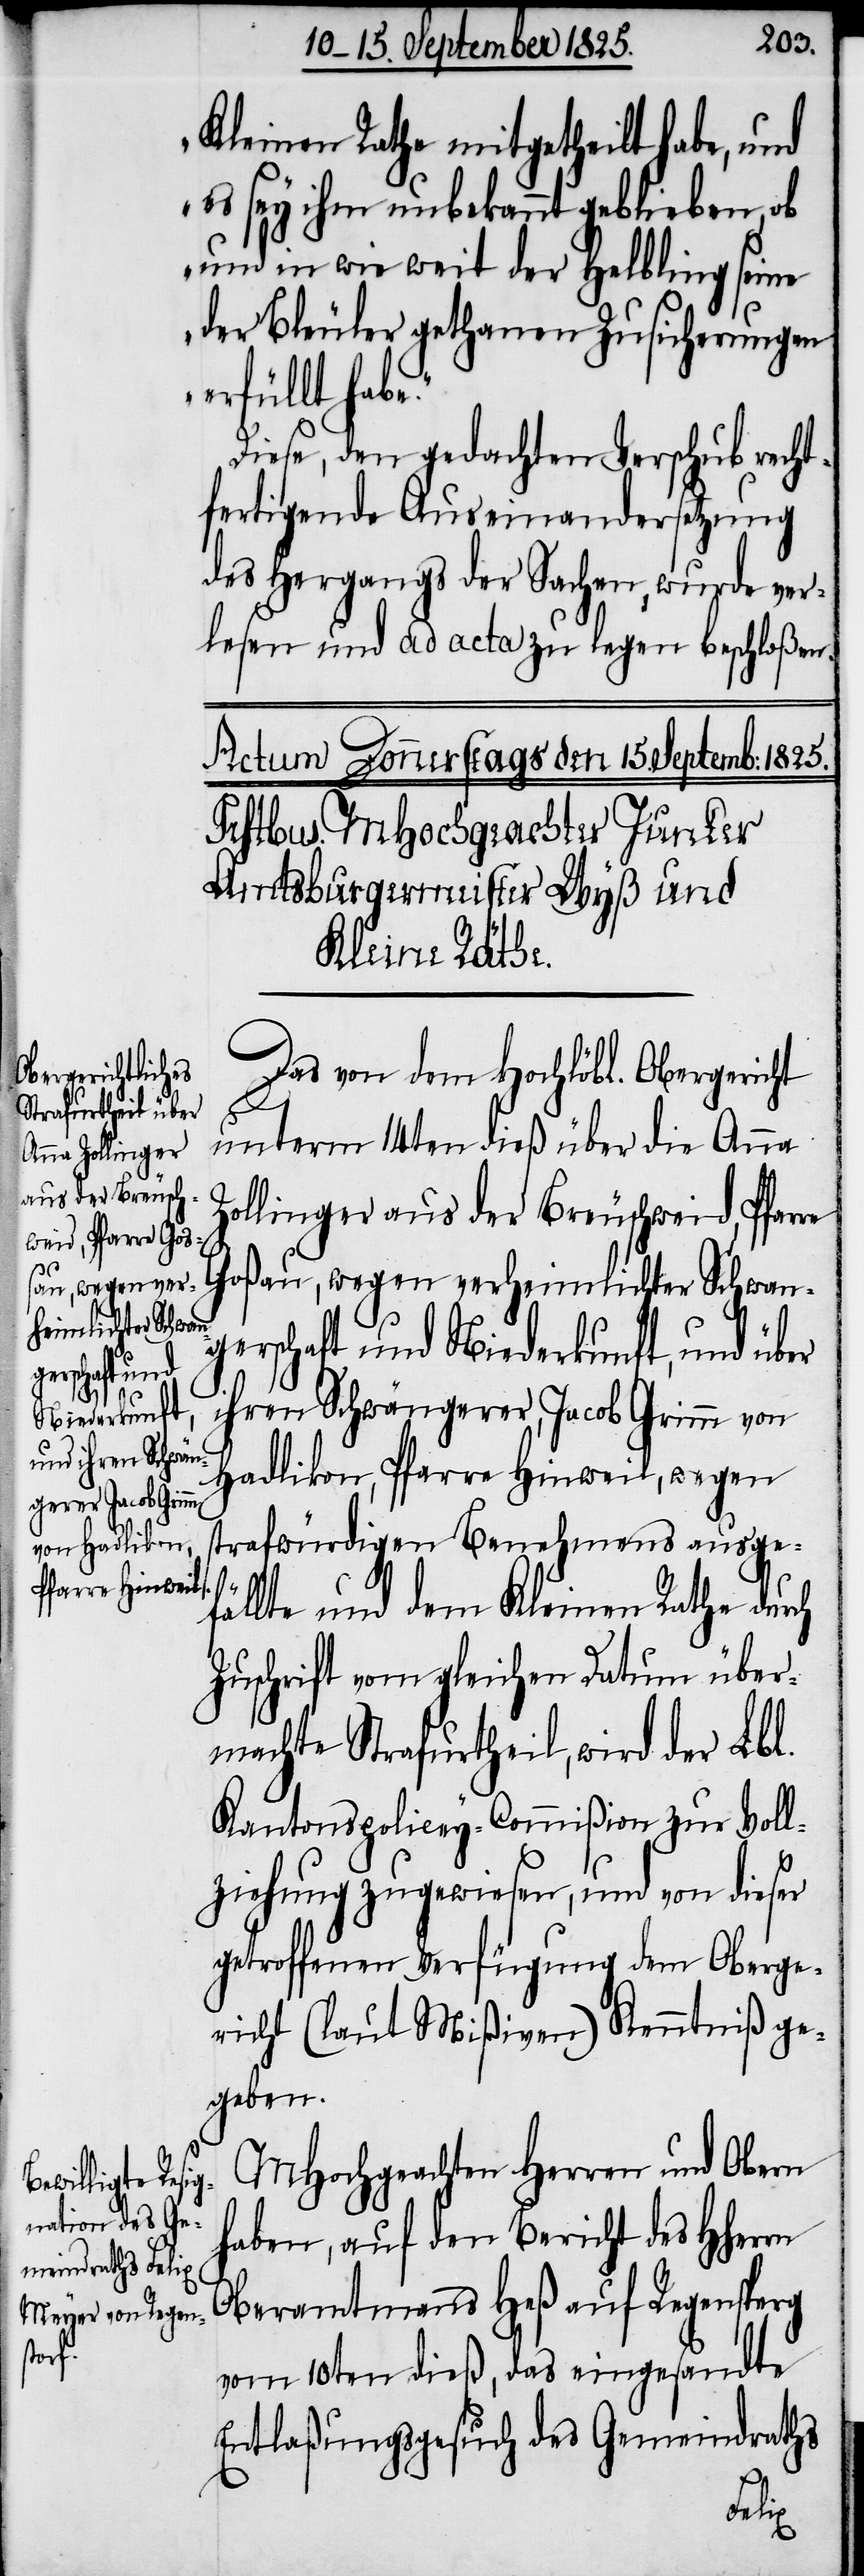
Kleinen Rathe mitgetheilt habe, und
es sey ihm unbekannt geblieben, ob
und in wie weit der Helbling seine
der Bleuler gethanen Zusicherungen
erfüllt habe“.
Diese, den gedachten Verschub recht¬
fertigende Auseinandersetzung
des Herzgangs der Sachen, wurde ver¬
lesen und ad acta zu legen beschloßen.
Das von dem Hochlöbl. Obergericht
unterm 14ten dieß über die Anna
Zollinger aus der Breuschweid, Pfarre
Goßau, wegen verheimlichter Schwan¬
gerschaft und Niederkunft, und über
ihren Schwängerer, Jacob Grimm von
Hadlikon, Pfarre Hinweil, wegen
strafwürdigen Benehmens ausge¬
fällte und dem Kleinen Rathe durch
Zuschrift vom gleichen Datum über¬
machte Strafurtheil, wird der Lbl.
Kantonspolicey-Commißion zur Voll¬
ziehung zugewiesen, und von dieser
getroffenen Verfügung dem Oberge¬
richt (laut Mißiven) Kenntniß ge¬
geben.
MHochgeachten Herren und Obern
haben, auf den Bericht des HHerrn
Oberamtmanns Heß auf Regensperg
vom 10ten dieß, das eingesandte
Entlaßungsgesuch des Gemeindraths